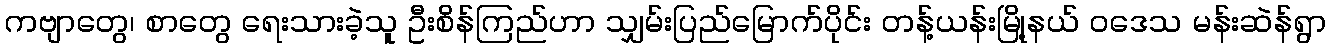
ကဗျာတွေ၊ စာတွေ ရေးသားခဲ့သူ ဦးစိန်ကြည်ဟာ သျှမ်းပြည်မြောက်ပိုင်း တန့်ယန်းမြို့နယ် ဝဒေသ မန်းဆဲန်ရွာ